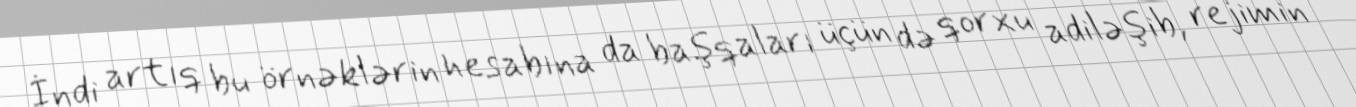
İndi artıq bu örnəklərin hesabına da başqaları üçün də qorxu adiləşib, rejimin